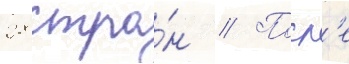
28 стра́н // Посл'е